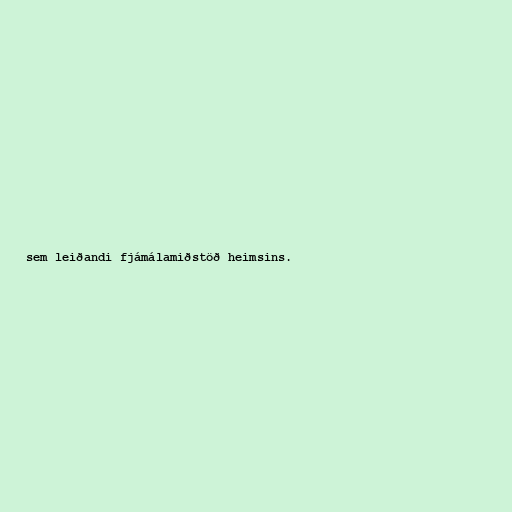
sem leiðandi fjámálamiðstöð heimsins.